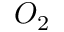
O _ { 2 }